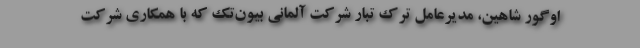
اوگور شاهین، مدیرعامل ترک تبار شرکت آلمانی بیون‌تِک که با همکاری شرکت